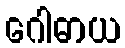
ဂေါဓာယ